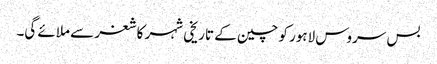
بس سروس لاہور کو چین کے تاریخی شہر کاشغر سے ملائے گی۔